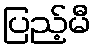
ပြည့်မီ